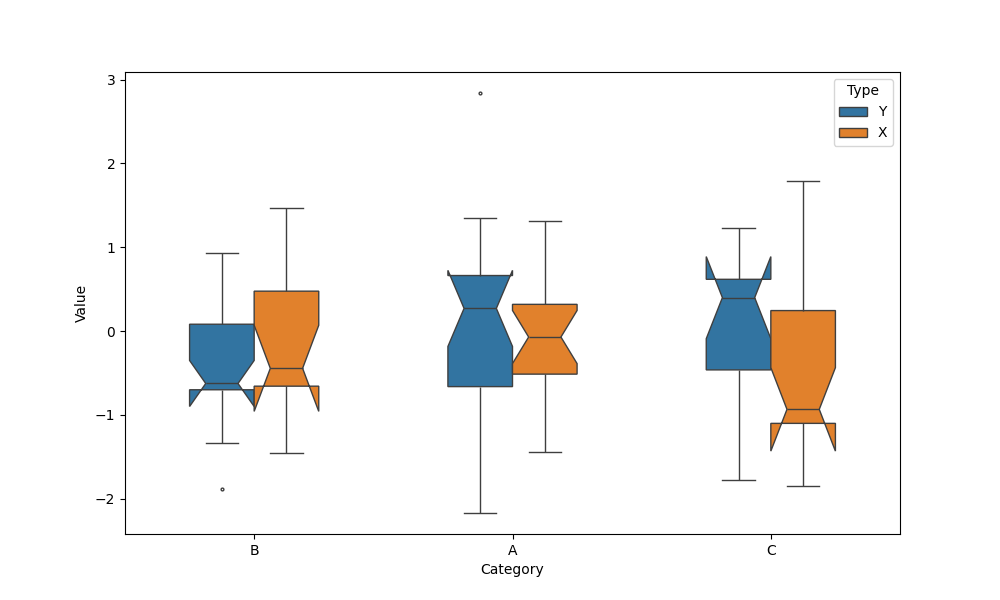
python, seaborn, boxplot, width=0.5, linewidth=1, fliersize=2, notch=True